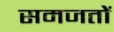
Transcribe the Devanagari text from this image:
समजतों